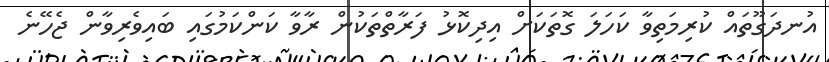
އުނދަގޫތައް ކުރިމަތިވާ ކަހަލަ ގޮތަކަށް އިދިކޮޅު ފަރާތްތަކުން ރާވާ ކަންކަމުގައި ބައިވެރިވާން ޖެހޭނެ